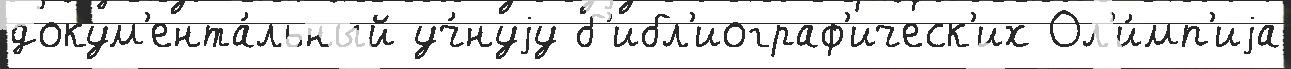
докум'ента́льный уч́нуjу б'ибл'иограф'ическ'их Ол'и́мп'иjа